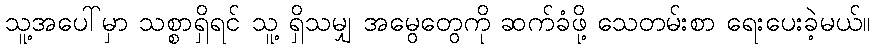
သူ့အပေါ်မှာ သစ္စာရှိရင် သူ့ ရှိသမျှ အမွေတွေကို ဆက်ခံဖို့ သေတမ်းစာ ရေးပေးခဲ့မယ်။